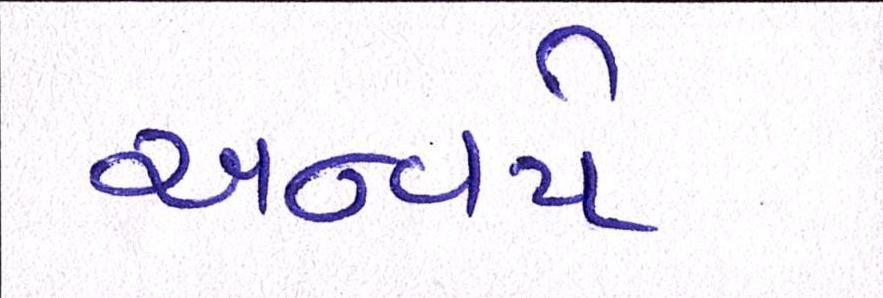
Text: અન્વયે